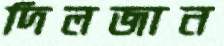
দিলজান